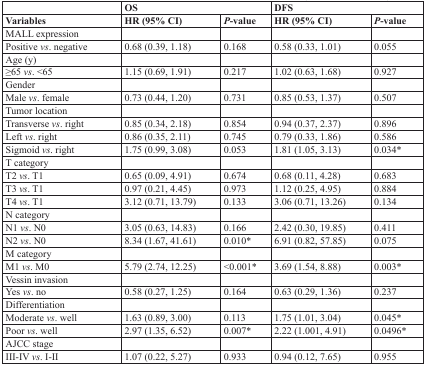
<table><thead><tr><td></td><td colspan="2"><b>OS</b></td><td colspan="2"><b>DFS</b></td></tr><tr><td><b>Variables</b></td><td><b>HR (95% CI)</b></td><td><b><i>P</i>-value</b></td><td><b>HR (95% CI)</b></td><td><b><i>P</i>-value</b></td></tr></thead><tbody><tr><td>MALL expression</td><td></td><td></td><td></td><td></td></tr><tr><td>Positive <i>vs</i>. negative</td><td>0.68 (0.39, 1.18)</td><td>0.168</td><td>0.58 (0.33, 1.01)</td><td>0.055</td></tr><tr><td>Age (y)</td><td></td><td></td><td></td><td></td></tr><tr><td>≥65 <i>vs</i>. &lt;65</td><td>1.15 (0.69, 1.91)</td><td>0.217</td><td>1.02 (0.63, 1.68)</td><td>0.927</td></tr><tr><td>Gender</td><td></td><td></td><td></td><td></td></tr><tr><td>Male <i>vs</i>. female</td><td>0.73 (0.44, 1.20)</td><td>0.731</td><td>0.85 (0.53, 1.37)</td><td>0.507</td></tr><tr><td>Tumor location</td><td></td><td></td><td></td><td></td></tr><tr><td>Transverse <i>vs</i>. right</td><td>0.85 (0.34, 2.18)</td><td>0.854</td><td>0.94 (0.37, 2.37)</td><td>0.896</td></tr><tr><td>Left <i>vs</i>. right</td><td>0.86 (0.35, 2.11)</td><td>0.745</td><td>0.79 (0.33, 1.86)</td><td>0.586</td></tr><tr><td>Sigmoid <i>vs</i>. right</td><td>1.75 (0.99, 3.08)</td><td>0.053</td><td>1.81 (1.05, 3.13)</td><td>0.034*</td></tr><tr><td>T category</td><td></td><td></td><td></td><td></td></tr><tr><td>T2 <i>vs</i>. T1</td><td>0.65 (0.09, 4.91)</td><td>0.674</td><td>0.68 (0.11, 4.28)</td><td>0.683</td></tr><tr><td>T3 <i>vs</i>. T1</td><td>0.97 (0.21, 4.45)</td><td>0.973</td><td>1.12 (0.25, 4.95)</td><td>0.884</td></tr><tr><td>T4 <i>vs</i>. T1</td><td>3.12 (0.71, 13.79)</td><td>0.133</td><td>3.06 (0.71, 13.26)</td><td>0.134</td></tr><tr><td>N category</td><td></td><td></td><td></td><td></td></tr><tr><td>N1 <i>vs</i>. N0</td><td>3.05 (0.63, 14.83)</td><td>0.166</td><td>2.42 (0.30, 19.85)</td><td>0.411</td></tr><tr><td>N2 <i>vs</i>. N0</td><td>8.34 (1.67, 41.61)</td><td>0.010*</td><td>6.91 (0.82, 57.85)</td><td>0.075</td></tr><tr><td>M category</td><td></td><td></td><td></td><td></td></tr><tr><td>M1 <i>vs</i>. M0</td><td>5.79 (2.74, 12.25)</td><td>&lt;0.001*</td><td>3.69 (1.54, 8.88)</td><td>0.003*</td></tr><tr><td>Vessin invasion</td><td></td><td></td><td></td><td></td></tr><tr><td>Yes <i>vs</i>. no</td><td>0.58 (0.27, 1.25)</td><td>0.164</td><td>0.63 (0.29, 1.36)</td><td>0.237</td></tr><tr><td>Differentiation</td><td></td><td></td><td></td><td></td></tr><tr><td>Moderate <i>vs</i>. well</td><td>1.63 (0.89, 3.00)</td><td>0.113</td><td>1.75 (1.01, 3.04)</td><td>0.045*</td></tr><tr><td>Poor <i>vs</i>. well</td><td>2.97 (1.35, 6.52)</td><td>0.007*</td><td>2.22 (1.001, 4.91)</td><td>0.0496*</td></tr><tr><td>AJCC stage</td><td></td><td></td><td></td><td></td></tr><tr><td>III-IV <i>vs</i>. I-II</td><td>1.07 (0.22, 5.27)</td><td>0.933</td><td>0.94 (0.12, 7.65)</td><td>0.955</td></tr></tbody></table>